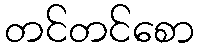
တင်တင်စော